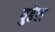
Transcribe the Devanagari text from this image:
पुढेल